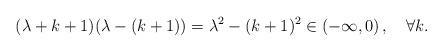
LaTeX: \begin{align*} (\lambda+k+1)(\lambda-(k+1))=\lambda^2-(k+1)^2\in\left(-\infty,0\right) ,\quad\forall k.\end{align*}